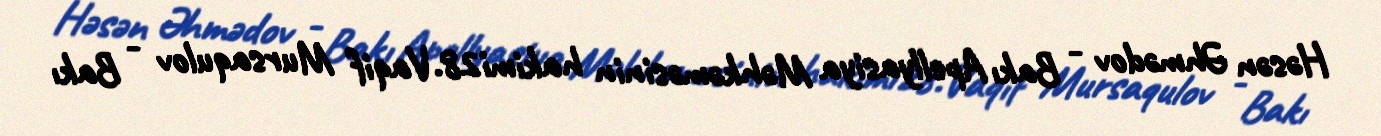
Həsən Əhmədov - Bakı Apellyasiya Məhkəməsinin hakimi28.Vaqif Mursaqulov - Bakı